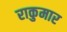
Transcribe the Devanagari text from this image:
राकुमार